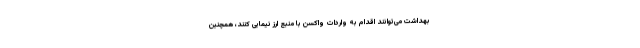
بهداشت می‌توانند اقدام به واردات واکسن با منبع ارز نیمایی کنند، همچنین